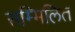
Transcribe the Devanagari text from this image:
सम्‍मिलित